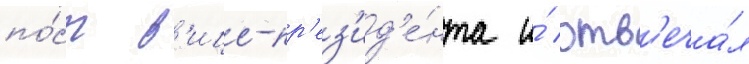
по́ст в'ице-пр'ез'ид'е́нта и́ отв'еча́л